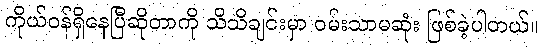
ကိုယ်ဝန်ရှိနေပြီဆိုတာကို သိသိချင်းမှာ ဝမ်းသာမဆုံး ဖြစ်ခဲ့ပါတယ်။